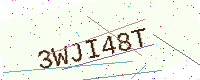
Text: 3WJI48T